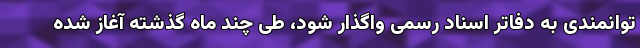
توانمندی به دفاتر اسناد رسمی واگذار شود، طی چند ماه گذشته آغاز شده